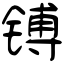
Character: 镈